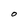
Character: 0